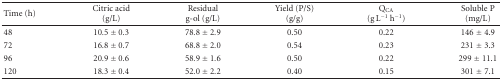
<table><thead><tr><td><b>Time (h)</b></td><td><b>Citric acid (g/L)</b></td><td><b>Residual g-ol (g/L)</b></td><td><b>Yield (P/S) (g/g)</b></td><td><b>Q<sub>CA</sub> (g L<sup>−1</sup> h<sup>−1</sup>)</b></td><td><b>Soluble P (mg/L)</b></td></tr></thead><tbody><tr><td>48</td><td>10.5 ± 0.3</td><td>78.8 ± 2.9</td><td>0.50</td><td>0.22</td><td>146 ± 4.9</td></tr><tr><td>72</td><td>16.8 ± 0.7</td><td>68.8 ± 2.0</td><td>0.54</td><td>0.23</td><td>231 ± 3.3</td></tr><tr><td>96</td><td>20.9 ± 0.6</td><td>58.9 ± 1.6</td><td>0.50</td><td>0.22</td><td>299 ± 11.1</td></tr><tr><td>120</td><td>18.3 ± 0.4</td><td>52.0 ± 2.2</td><td>0.40</td><td>0.15</td><td>301 ± 7.1</td></tr></tbody></table>